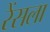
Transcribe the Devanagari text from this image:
रेंसला